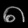
Digit: ၈